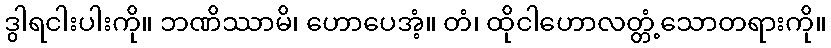
ဒွါရငါးပါးကို။ ဘဏိဿာမိ၊ ဟောပေအံ့။ တံ၊ ထိုငါဟောလတ္တံ့သောတရားကို။